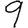
Digit: 9